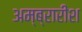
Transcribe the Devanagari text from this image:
अम्ब्रारीश